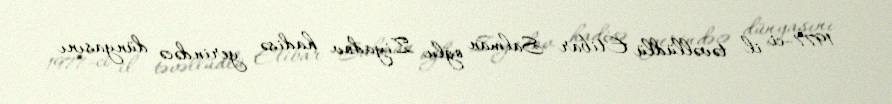
1977-ci il təvəllüdlü Etibar Salman oğlu Ziyadov hadisə yerindəcə dünyasını